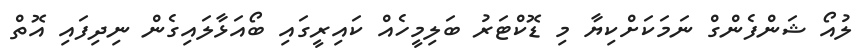
ލުއޯ ޝަންފެންގް ނަމަކަށްކިޔާ މި ޑޮކްޓަރު ބަލިމީހެއް ކައިރީގައި ބޯއަޅާލައިގެން ނިދިފައި އޮތް